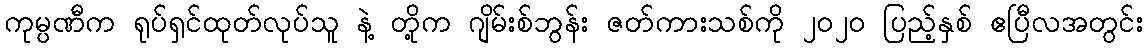
ကုမ္ပဏီက ရုပ်ရှင်ထုတ်လုပ်သူ နဲ့ တို့က ဂျိမ်းစ်ဘွန်း ဇတ်ကားသစ်ကို ၂၀၂၀ ပြည့်နှစ် ဧပြီလအတွင်း